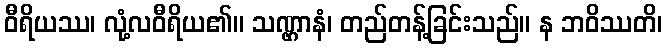
ဝီရိယဿ၊ လုံ့လဝီရိယ၏။ သဏ္ဌာနံ၊ တည်တန့်ခြင်းသည်။ န ဘဝိဿတိ၊